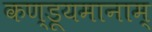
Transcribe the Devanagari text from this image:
कण्डूयमानाम्